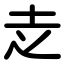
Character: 赱